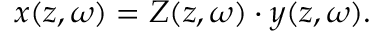
x ( z , \omega ) = Z ( z , \omega ) \cdot y ( z , \omega ) .